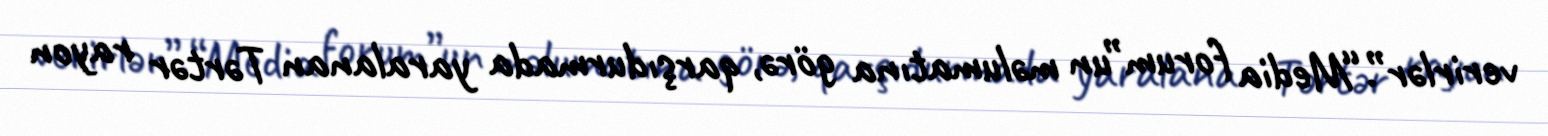
verirlər”.“Media forum”un məlumatına görə, qarşıdurmada yaralanan Tərtər rayon